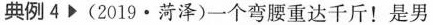
典例4(2019·菏泽)一个弯腰重达千斤！是男